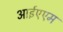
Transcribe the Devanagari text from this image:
आईएएम